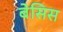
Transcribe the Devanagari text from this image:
बेसिस